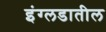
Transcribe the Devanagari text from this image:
इंग्लडातील